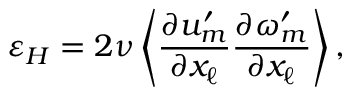
\varepsilon _ { H } = 2 \nu \left\langle { \frac { \partial u _ { m } ^ { \prime } } { \partial x _ { \ell } } \frac { \partial \omega _ { m } ^ { \prime } } { \partial x _ { \ell } } } \right\rangle ,